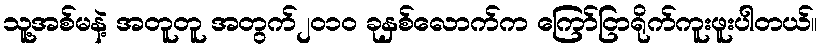
သူ့အစ်မနဲ့ အတူတူ အတွက်၂၀၁၀ ခုနှစ်လောက်က ကြော်ငြာရိုက်ကူးဖူးပါတယ်။